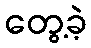
တွေ့ခဲ့